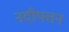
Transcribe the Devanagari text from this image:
नदीपत्तन